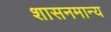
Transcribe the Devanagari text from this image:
शासनमान्‍य